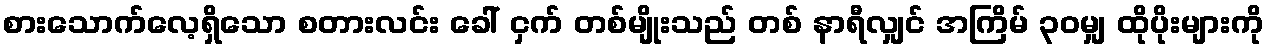
စားသောက်လေ့ရှိသော စတားလင်း ခေါ် ငှက် တစ်မျိုးသည် တစ် နာရီလျှင် အကြိမ် ၃၀မျှ ထိုပိုးများကို